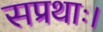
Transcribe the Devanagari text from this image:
सप्रथाः।